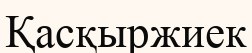
Қасқыржиек